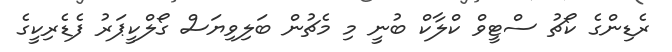
ރެޑިންގެ ކޯޗު ސްޓީވް ކްލާކް ބުނީ މި މެޗުން ބަލިވިޔަސް ގޯލްކީޕަރު ފެޑެރިކީގެ